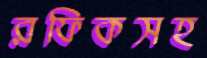
রফিকসহ